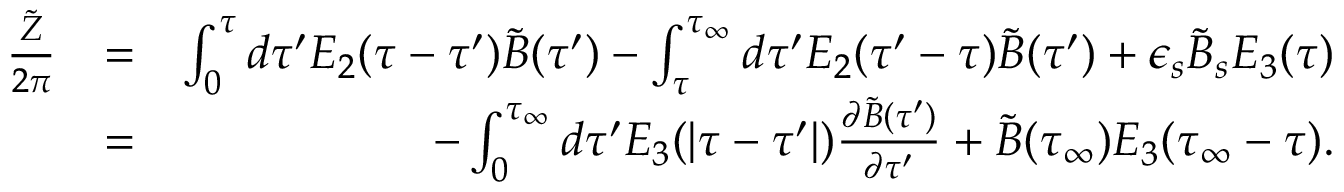
\begin{array} { r l r } { { \frac { \tilde { Z } } { 2 \pi } } } & { = } & { \int _ { 0 } ^ { \tau } d \tau ^ { \prime } E _ { 2 } ( \tau - \tau ^ { \prime } ) \tilde { B } ( \tau ^ { \prime } ) - \int _ { \tau } ^ { \tau _ { \infty } } d \tau ^ { \prime } E _ { 2 } ( \tau ^ { \prime } - \tau ) \tilde { B } ( \tau ^ { \prime } ) + \epsilon _ { s } \tilde { B } _ { s } E _ { 3 } ( \tau ) } \\ & { = } & { - \int _ { 0 } ^ { \tau _ { \infty } } d \tau ^ { \prime } E _ { 3 } ( \vert \tau - \tau ^ { \prime } \vert ) { \frac { \partial \tilde { B } ( \tau ^ { \prime } ) } { \partial \tau ^ { \prime } } } + \tilde { B } ( \tau _ { \infty } ) E _ { 3 } ( \tau _ { \infty } - \tau ) . } \end{array}